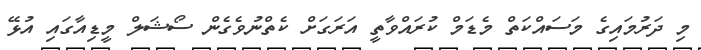
މި ދަރުމައިގެ މަސައްކަތް މެޑަމް ކުރައްވާތީ އަރަގަށް ކެތްނުވެގެން ސޯޝަލް މީޑިއާގައި އުޅޭ